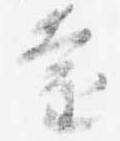
遠